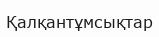
Қалқантұмсықтар